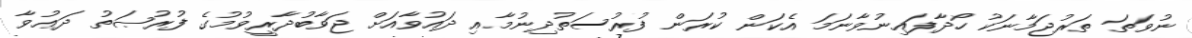
ނުވަތަ ތަރުޖަމާނަކު ހޯދާފައިނުވާނަމަ އެކަން ކުރަން ފުރުސަތުދިނުމާއި ދައުވާއަށް ޖަވާބުދާރީވުމުގެ ފުރުޞަތު ދަޢުވާ